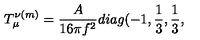
T _ { \mu } ^ { \nu ( m ) } = \frac { A } { 1 6 \pi f ^ { 2 } } d i a g ( - 1 , \frac { 1 } { 3 } , \frac { 1 } { 3 } ,